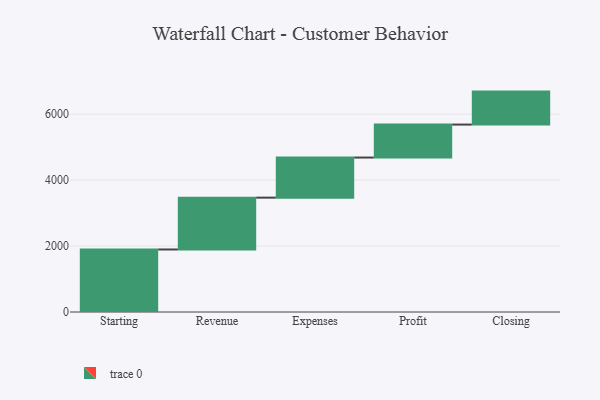
{"axis": {"x": "Step", "y": "Value"}, "legend": [""], "data": [{"x": "Starting", "y": 1896.0, "type": ""}, {"x": "Revenue", "y": 1572.0, "type": ""}, {"x": "Expenses", "y": 1216.0, "type": ""}, {"x": "Profit", "y": 1000, "type": ""}, {"x": "Closing", "y": 1000, "type": ""}]}